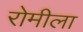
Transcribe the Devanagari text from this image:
रोमीला